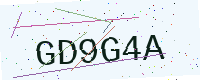
Text: GD9G4A